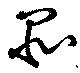
品